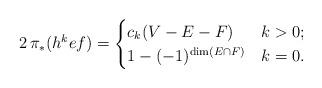
LaTeX: \begin{align*} 2\,\pi_*(h^k ef) = \begin{cases} c_k(V-E-F) & k>0; \\ 1 - (-1)^{\dim(E\cap F)} & k=0. \end{cases}\end{align*}